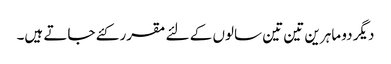
دیگر دو ماہرین تین تین سالوں کے لئے مقرر کئے جاتے ہیں۔